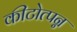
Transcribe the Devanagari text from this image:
कीटोत्पन्न